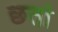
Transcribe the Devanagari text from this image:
छतो